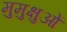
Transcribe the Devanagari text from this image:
मुमुक्षुओं